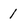
Character: 1